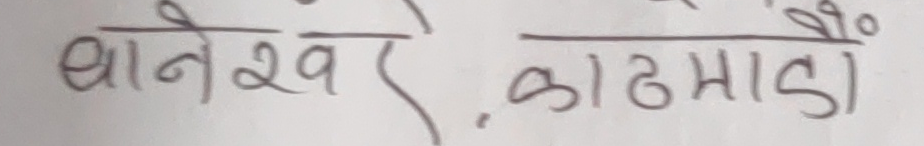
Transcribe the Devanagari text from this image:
धानेखरे, काठमांडौ